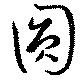
圓